Annual report on the health of the army in India
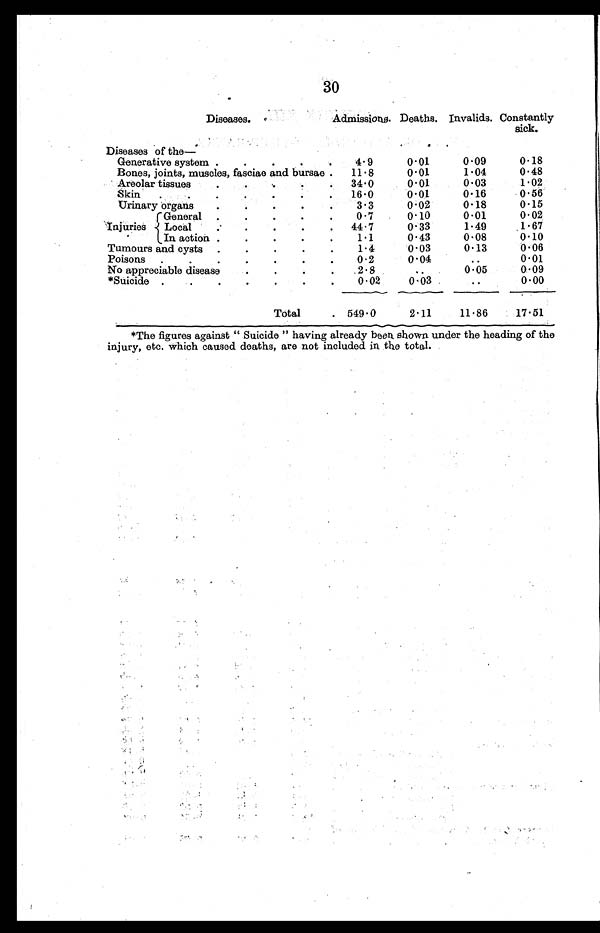
Diseases
.
Admissions. Deaths. Invalids. Constantly
sick.
Diseases of the
—
Generative system .
.
.
.
4.9
0.01
0.09
0.18
Bones, joints, muscles, fasciae and bursae .
11.8
0.01
1.04
0.48
Areolar tissues
.
.
.
. 34.0
0.01
0.03
1.02
Skin .
.
.
.
.
. 16.0
0.01
0.16
0.56
Urinary organs
.
.
.
.
3.3
0.02
0.18
0.15
Injuries
General .
.
.
.
.
0.7
0.10
0.01
0.02
Local
.
.
.
.
44.7
0.33
1.49
1.67
In. action .
.
.
.
1.1
0.43
0.08
0.10
Tumours and cysts .
.
.
.
.
1.4
0.03
0.13
0.06
Poisons .
.
.
.
.
.
0.2
0.04
..
0.01
No appreciable disease
.
.
2.8
..
0.05
0.09
*Suicide .
.
.
.
.
.
0.02
0.03
..
0.00
Total
549.0
2.11
11.86
17.51
*The figures against " Suicide " having already been shown under the heading of the
injury, etc. which caused deaths, are not included in the total.